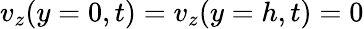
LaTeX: v_{z}(y=0,t)=v_{z}(y=h,t)=0